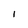
Character: I